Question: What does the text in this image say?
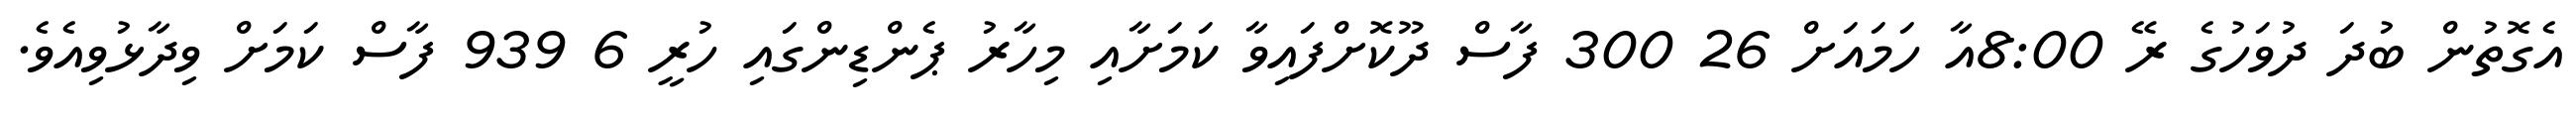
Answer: އެގޮތުން ބުދަ ދުވަހުގެ ރޭ 8:00އާ ހަމައަށް 26 300 ފާސް ދޫކޮށްފައިވާ ކަމަށާއި މިހާރު ޕެންޑިންގައި ހުރީ 6 939 ފާސް ކަމަށް ވިދާޅުވިއެވެ.